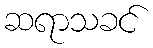
ဆရာသခင်